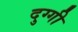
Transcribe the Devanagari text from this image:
दुग्गी